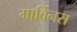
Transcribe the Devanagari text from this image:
मार्विनस